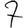
Digit: 7